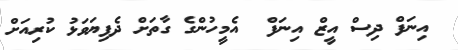
އިނަފް ދިސް އީޒް އިނަފް  އެމީހުންގެ ގާތަށް ދެފިޔަވަޅު ކުރިއަށް